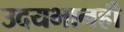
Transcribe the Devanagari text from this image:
उदयभानही